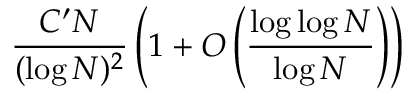
{ \frac { C ^ { \prime } N } { ( \log N ) ^ { 2 } } } \left( 1 + O \left( { \frac { \log \log N } { \log N } } \right) \right)